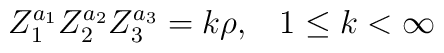
Z_1^{a_1}Z_2^{a_2}Z_3^{a_3}=k\rho,\;\;\; 1\leq k<\infty